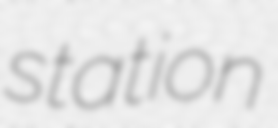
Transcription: station